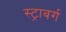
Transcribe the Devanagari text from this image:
स्ट्राबर्ग